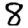
Digit: 8